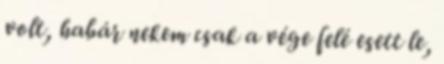
volt, habár nekem csak a vége felé esett le,